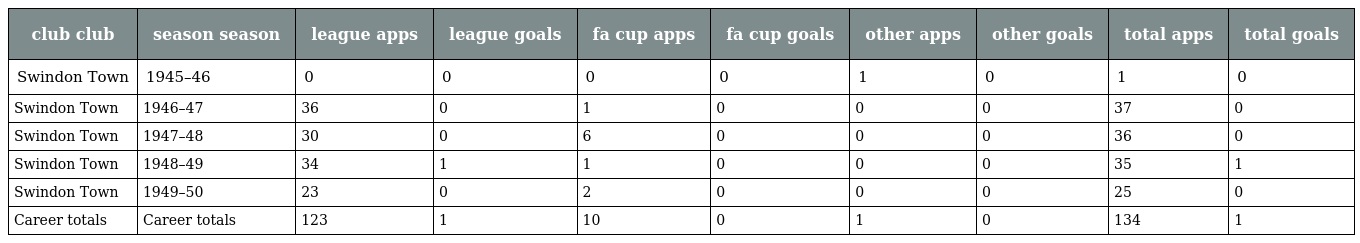
| club club | season season | league apps | league goals | fa cup apps | fa cup goals | other apps | other goals | total apps | total goals |
 | --- | --- | --- | --- | --- | --- | --- | --- | --- | --- |
 | Swindon Town | 1945–46 | 0 | 0 | 0 | 0 | 1 | 0 | 1 | 0 |
 | Swindon Town | 1946–47 | 36 | 0 | 1 | 0 | 0 | 0 | 37 | 0 |
 | Swindon Town | 1947–48 | 30 | 0 | 6 | 0 | 0 | 0 | 36 | 0 |
 | Swindon Town | 1948–49 | 34 | 1 | 1 | 0 | 0 | 0 | 35 | 1 |
 | Swindon Town | 1949–50 | 23 | 0 | 2 | 0 | 0 | 0 | 25 | 0 |
 | Career totals | Career totals | 123 | 1 | 10 | 0 | 1 | 0 | 134 | 1 |